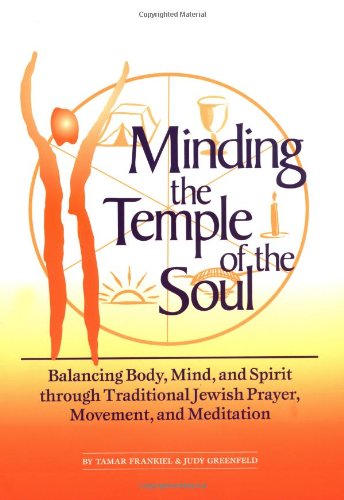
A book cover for Minding the Temple of the Soul: Balancing Body, Mind & Spirit through Traditional Jewish Prayer, Movement and Meditation; Tamar Frankiel; Religion & Spirituality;